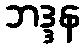
ဘဒ္ဒန